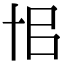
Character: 𠦗